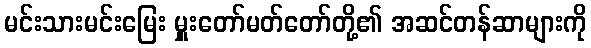
မင်းသားမင်းမြေး မှူးတော်မတ်တော်တို့၏ အဆင်တန်ဆာများကို